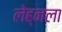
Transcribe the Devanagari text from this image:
लेह्नला